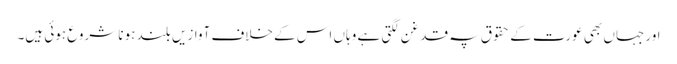
اور جہاں بھی عورت کے حقوق پہ قدغن لگتی ہے وہاں اس کے خلاف آوازیں بلند ہونا شروع ہوئی ہیں۔